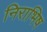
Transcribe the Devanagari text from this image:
निराभिष